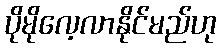
ပိုမိုလေ့လာနိုင်မည်ဟု